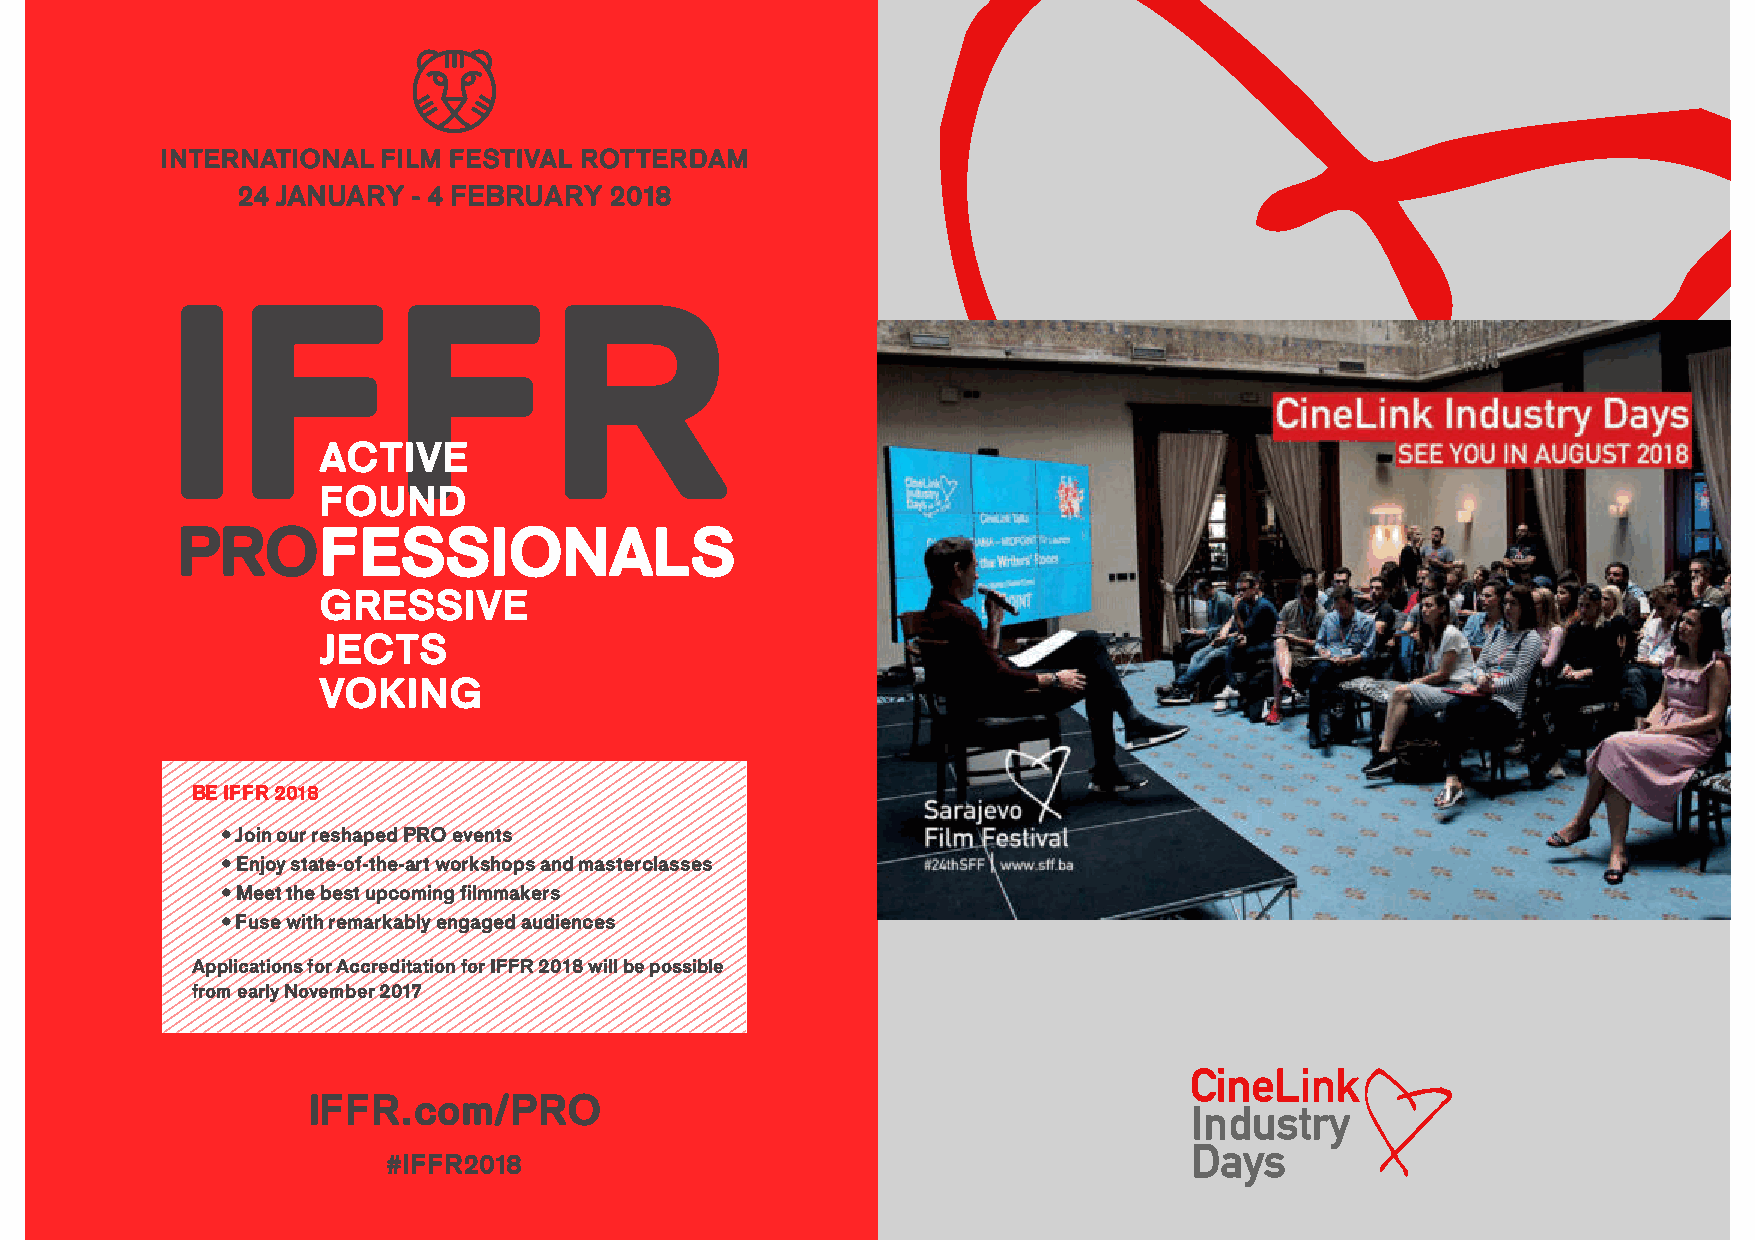
30
 24 JANUARY - 4 FEBRUARY 2018
 IFFR
 ACTIVE
 FOUND
 PROFESSIONALS
 GRESSIVE
 JECTS
 VOKING
 BE IFFR 2018
 • Join our reshaped PRO events
 • Enjoy state-of-the-art workshops and masterclasses
 • Meet the best upcoming filmmakers
 • Fuse with remarkably engaged audiences
 Applications for Accreditation for IFFR 2018 will be possible
 from early November 2017
 IFFR.com/PRO
 #IFFR2018                                                                          31